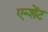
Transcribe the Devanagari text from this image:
एन्शेंट